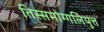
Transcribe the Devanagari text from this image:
तिस्समोग्गलिपुत्त